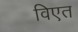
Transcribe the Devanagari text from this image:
विएत